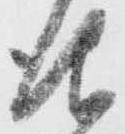
仰